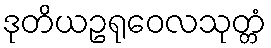
ဒုတိယဥရုဝေလသုတ္တံ